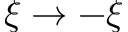
\xi \rightarrow - \xi